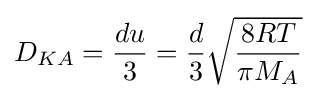
{D_{KA}}={du \over {3}}={d \over {3}}{\sqrt {{8RT} \over {\pi M_{A}}}}